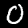
Label: 0